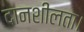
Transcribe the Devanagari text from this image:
दानशीलता।